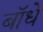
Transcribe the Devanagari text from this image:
बॉधे